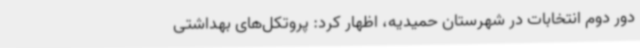
دور دوم انتخابات در شهرستان حمیدیه، اظهار کرد: پروتکل‌های بهداشتی